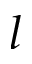
l